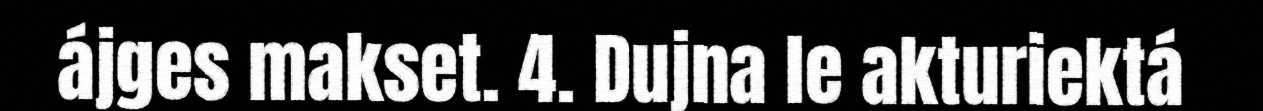
ájges makset. 4. Dujna le akturiektá